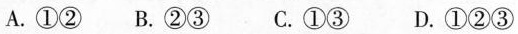
A.①② B.②③ C.①③ D.①②③